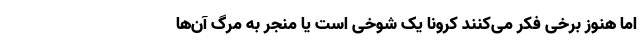
اما هنوز برخی فکر می‌کنند کرونا یک شوخی است یا منجر به مرگ آن‌ها